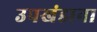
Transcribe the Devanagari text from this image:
उपखंडाना